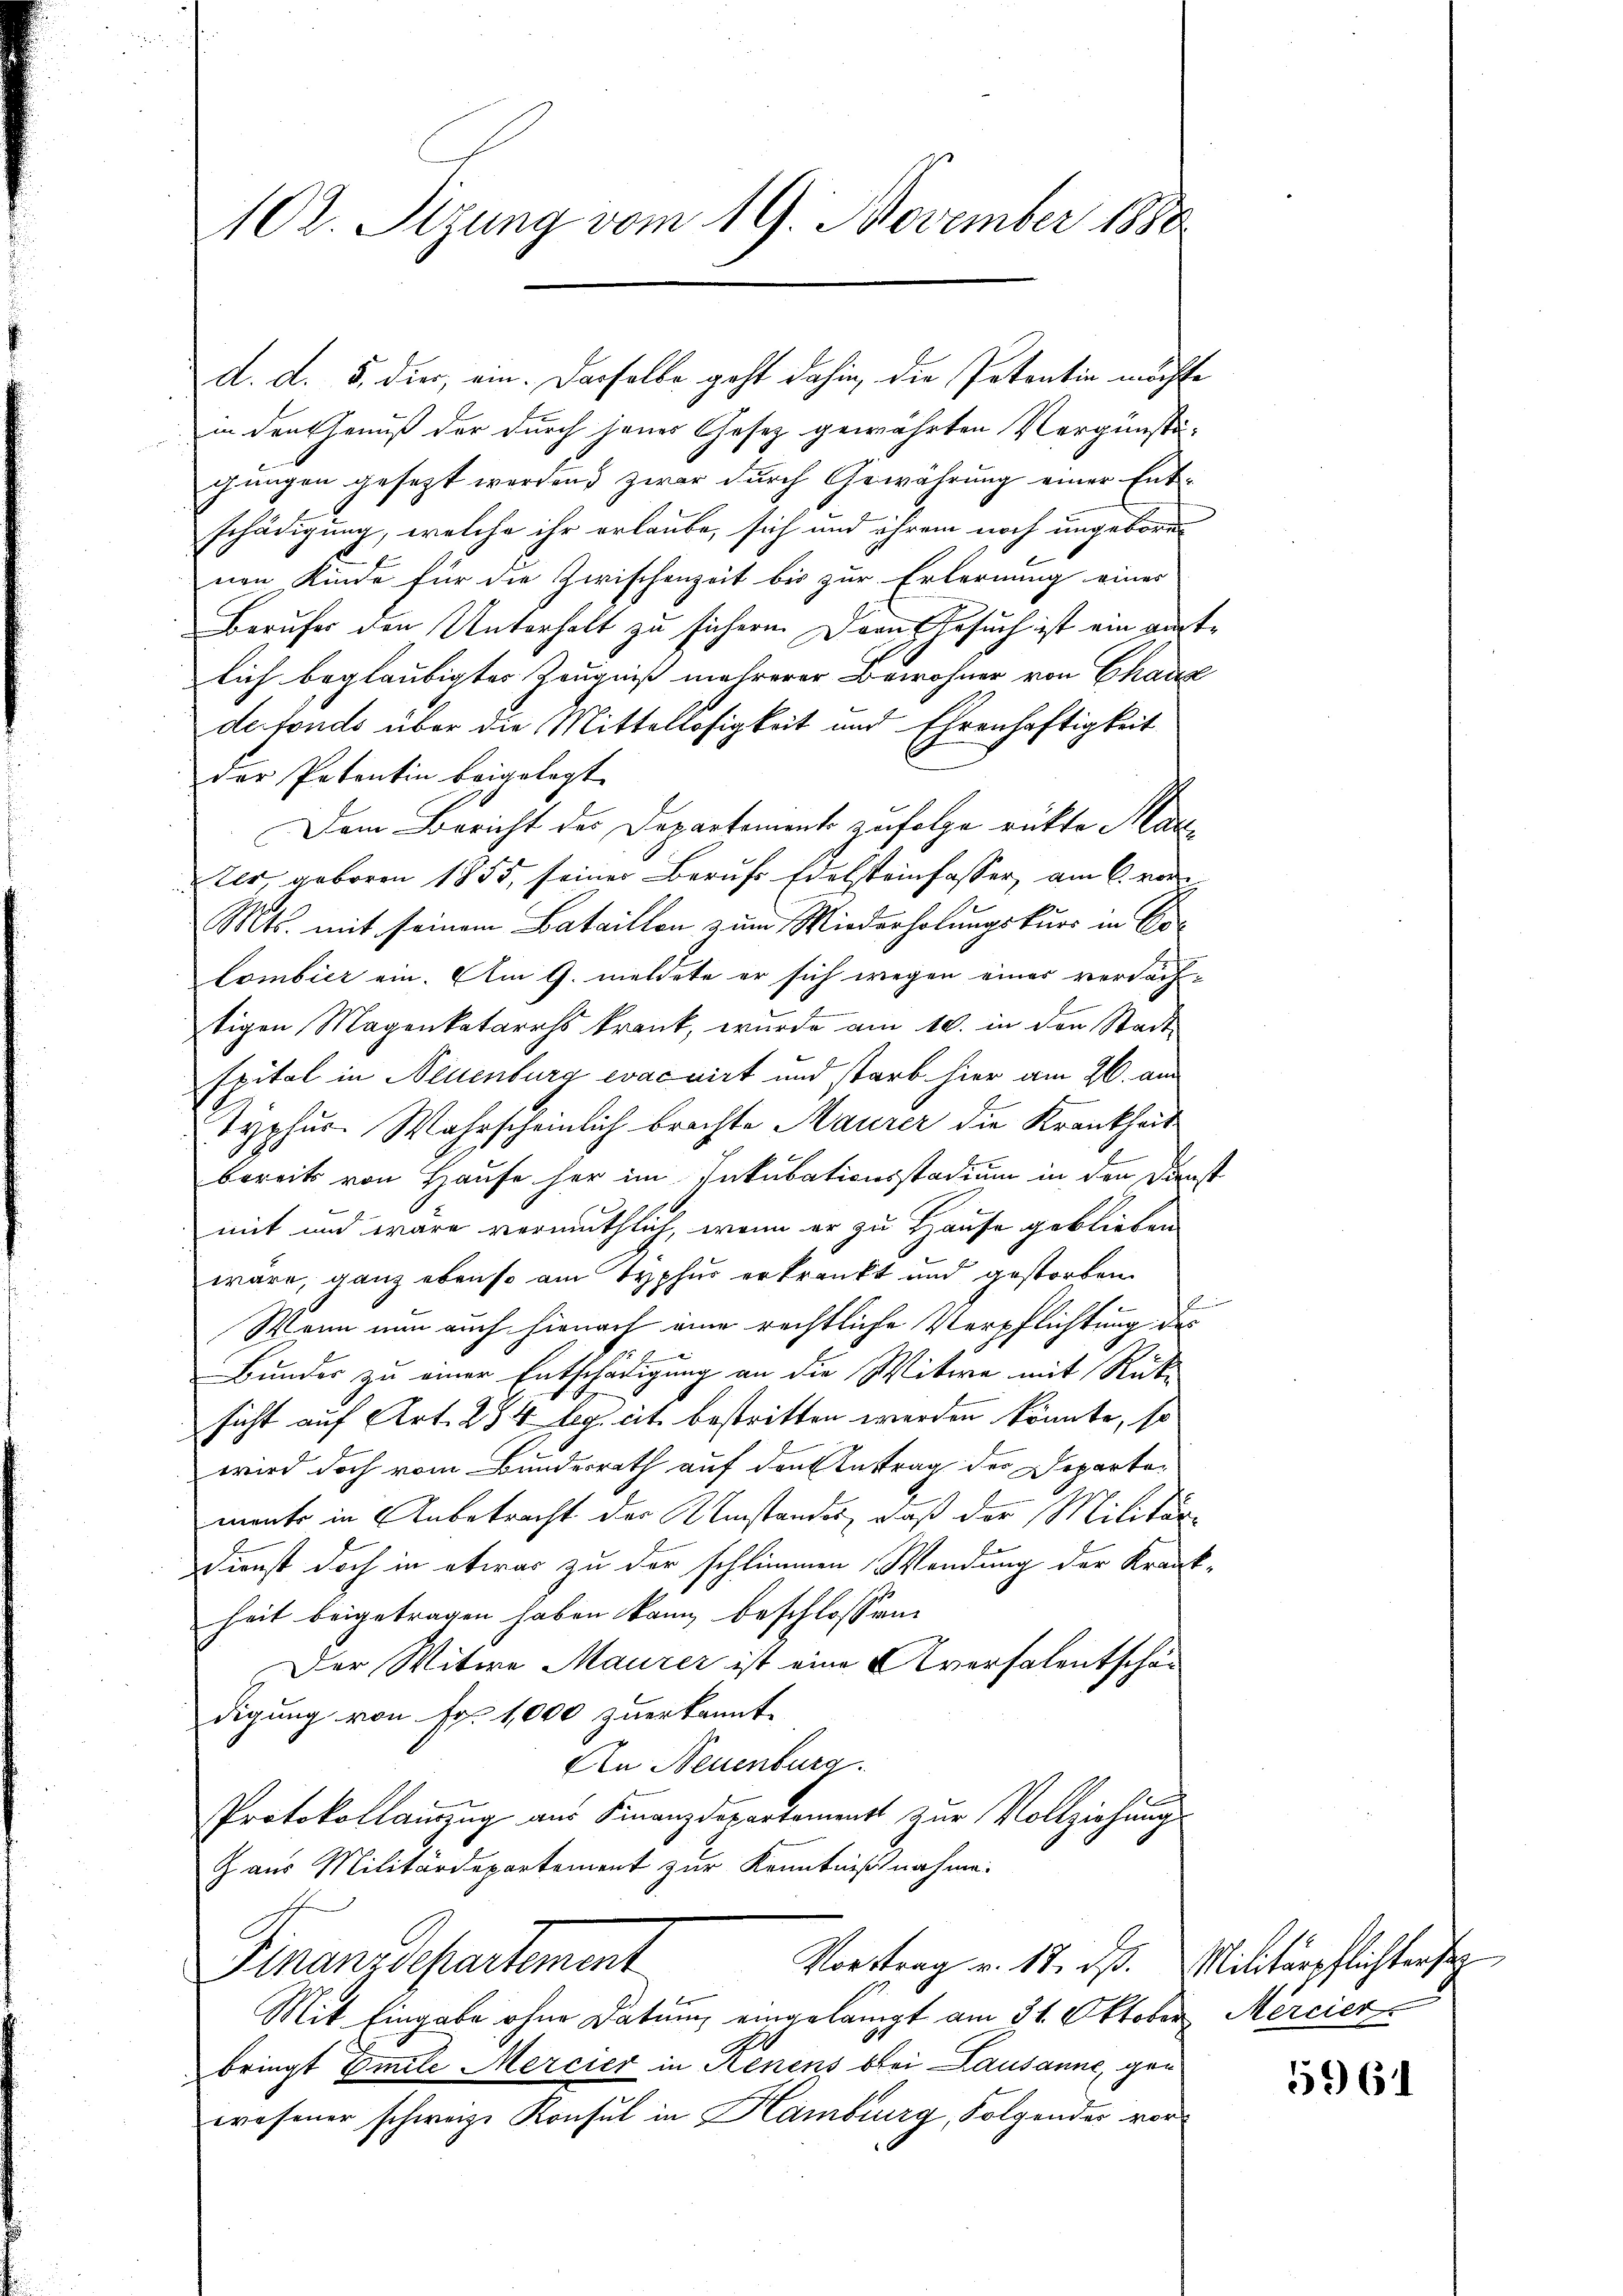
102. Sizung vom 19. November 1888

d. d. 5. dier, ein. Dasselbe geht dahin, die Patentin möchte

in den Genuß der durch jenes Gesetz gewährten Vergünsti-
chungen gesezt werden. Zwar durch Gewährung einer Entschädigung, welche ihr erlaube, sich und ihrem noch ungebore
nen Kinde für die Zwischenzeit bis zur Erlernung eines
Berufes den Unterhalt zu sichern. Der Gesuch ist ein gutlich beglaubigtes Zeugniß mehrerer Bewohner von Chaux
defonds über die Mittellosigkeit und Ehrenhaftigkeit
der Petentin beigelegt.
Dem Bericht des Departement zufolge rückte Mar¬
Ater, geboren 1855, seiner Berufs Edelsteinfasser, am 6. vor
Mts. mit seinem Bataillon zum Wiederholungskurs in Er-
Combier ein. Am 9. meldete er sich wegen einer verdächtigen Magenkatarrhs krank, wurde am 10. in den Stadt-
spital in Neuenburg evacuirt und starb hier am 26. am
Typhur. Wahrscheinlich brachte Maurer die Krankheit
bereits von Hause her im Inkubationsstadium in den Dienst
mit und wäre vermuthlich, wenn er zu Hause geblieben
wäre, ganz ebenso am Typhus erkrankt und gestorben
F
f
Wenn nun auch hienach eine rechtliche Verpflichtung des
Bunder zu einer Entschädigung an die Witwe mit Rücke
sicht auf Art. 284 beg. cit. bestritten werden könnte, so
wird doch vom Bundesrath auf den Antrag der Departemente in Anbetracht der Umstandes, daß der Militär-
Dienst doch in etwas zu der schlimmen Wendung der Krankheit beigetragen haben kann, beschlossen:
Der Witwe Maurer ist eine Aversalentschän
digung von Fr. 1000 zuerkannt.
An Neuenburg.
Protokollauszug aus Finanzdepartement zur Vollziehung
Haus Militärdepartement zur Kenntnißnahme
Vortrag v. 17. ds. Militärpflichtersez
Finanzdepartement
Mit Eingabe ohne Datum eingelangt am 31. Oktober
bringt Emile Mercier in Kenens bei Lausanne, gen
wesener schwarze Konsul in Hamburg, Folgender vor¬

Mercier.

5961